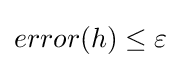
error(h)\leq \varepsilon